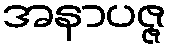
အနာပဇ္ဇ